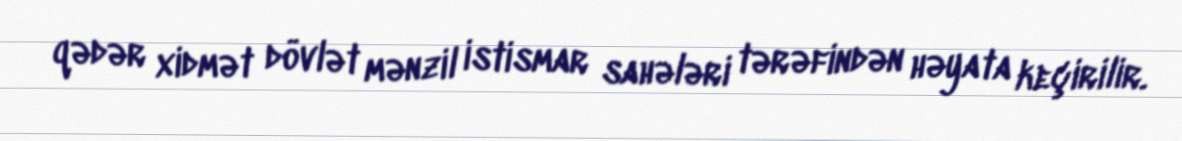
qədər xidmət dövlət mənzil istismar sahələri tərəfindən həyata keçirilir.